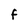
Character: f